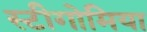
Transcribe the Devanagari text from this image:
स्टीगोमिया